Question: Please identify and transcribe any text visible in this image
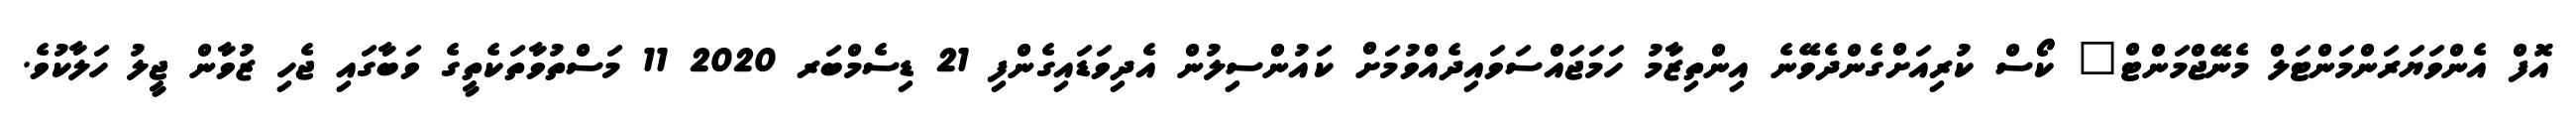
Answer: އޮފް އެންވަޔަރަންމަންޓަލް މެނޭޖްމަންޓް" ކޯސް ކުރިއަށްގެންދެވޭނެ އިންތިޒާމު ހަމަޖައްސަވައިދެއްވުމަށް ކައުންސިލުން އެދިވަޑައިގެންފި 21 ޑިސެމްބަރ 2020 11 މަސްތުވާތަކެތީގެ ވަބާގައި ޖެހި ޒުވާން ޖީލު ހަލާކުވެ.